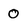
Character: 0